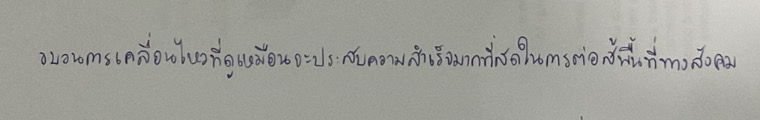
ขบวนการเคลื่อนไหวที่ดูเหมือนจะประสบความสำเร็จมากที่สุดในการต่อสู้พื้นที่ทางสังคม